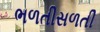
ભળતીસળતી